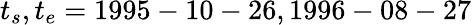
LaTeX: t_{s},t_{e}=1995-10-26,1996-08-27